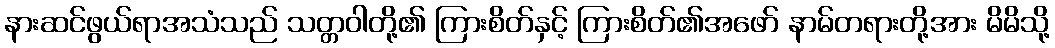
နားဆင်ဖွယ်ရာအသံသည် သတ္တဝါတို့၏ ကြားစိတ်နှင့် ကြားစိတ်၏အဖော် နာမ်တရားတို့အား မိမိသို့